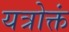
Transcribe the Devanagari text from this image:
यत्रोक्तं